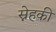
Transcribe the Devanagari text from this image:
स्नेहकी